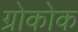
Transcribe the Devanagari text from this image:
ग्रोकोक